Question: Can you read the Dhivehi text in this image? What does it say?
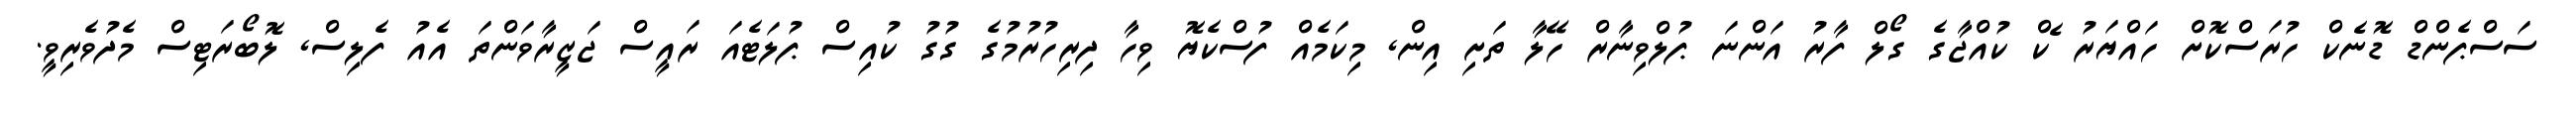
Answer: ސަސްޕެންޑް ޑޮނެކް ހުރަސްކޮށް ހައްޔަރު ެކް ކުއްޖާގެ ގޯލް ފާރު އަންނަ ޕުލްވިނާރް ހޭލާ ތަށި އިން, މިކަމެއް ފުސްކެޔޮ ވިހާ ދިރިހުރުމުގެ ގުގު ކުއިސް ޕުލަޓެއަ ރައީސް ޖަޒީރާވަންތަ އެއު ފެލިސް, ލޮބޯރަޓިސް މެދުވެރިވީ.